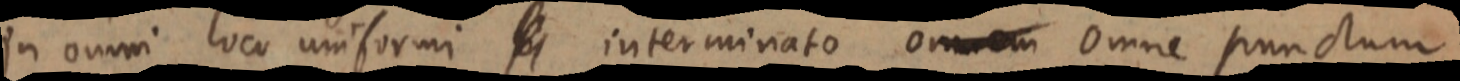
in omni loco uniformi _ interminato omnem omne punctum